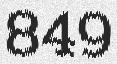
849